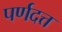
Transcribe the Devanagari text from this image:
पर्णदत्त